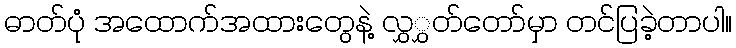
ဓာတ်ပုံ အထောက်အထားတွေနဲ့ လွှွှတ်တော်မှာ တင်ပြခဲ့တာပါ။